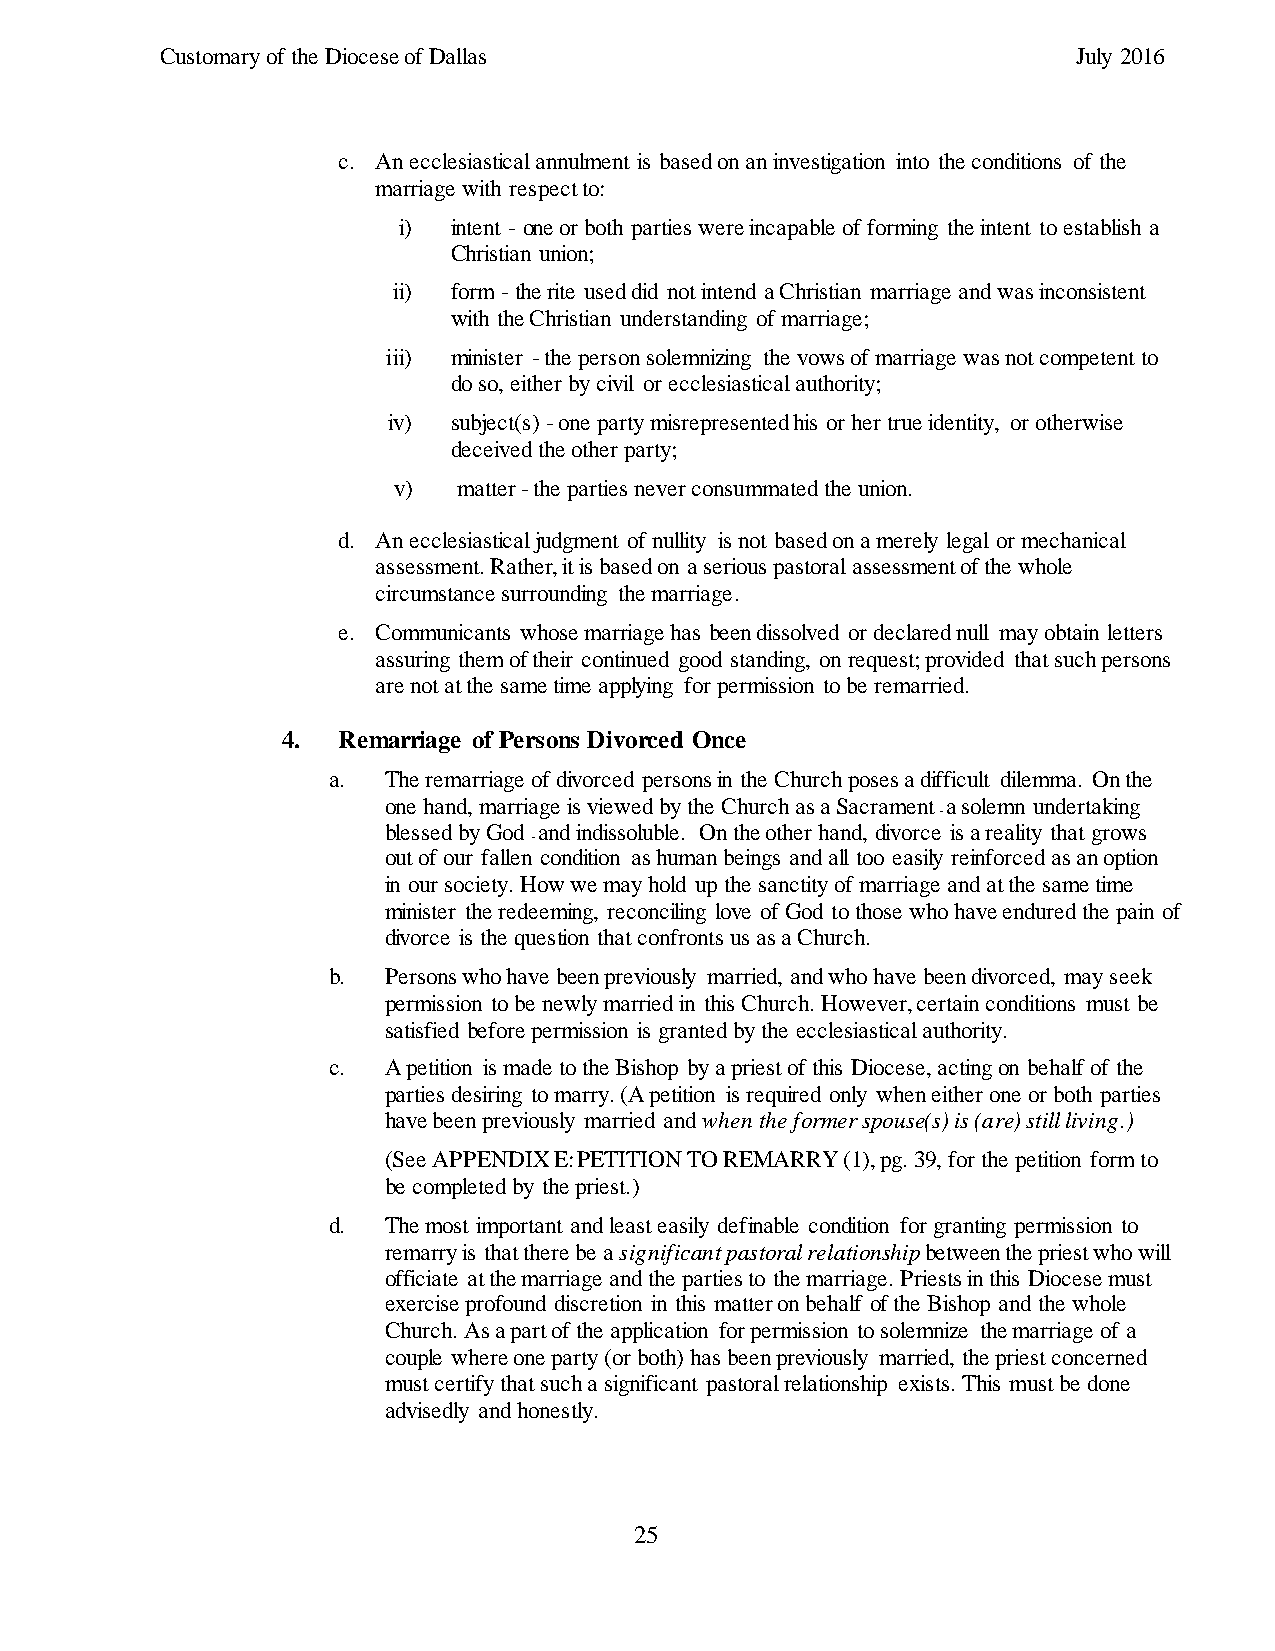
Customary of the Diocese of Dallas                          July 2016
 c. An ecclesiastical annulment is based on an investigation into the conditions of the
 marriage with respect to:
 i)  intent - one or both parties were incapable of forming the intent to establish a
 Christian union;
 ii) form - the rite used did not intend a Christian marriage and was inconsistent
 with the Christian understanding of marriage;
 iii) minister - the person solemnizing the vows of marriage was not competent to
 do so, either by civil or ecclesiastical authority;
 iv) subject(s) - one party misrepresented his or her true identity, or otherwise
 deceived the other party;
 v)  matter - the parties never consummated the union.
 d. An ecclesiastical judgment of nullity is not based on a merely legal or mechanical
 assessment. Rather, it is based on a serious pastoral assessment of the whole
 circumstance surrounding the marriage.
 e. Communicants whose marriage has been dissolved or declared null may obtain letters
 assuring them of their continued good standing, on request; provided that such persons
 are not at the same time applying for permission to be remarried.
 4. Remarriage of Persons Divorced Once
 a. The remarriage of divorced persons in the Church poses a difficult dilemma. On the
 one hand, marriage is viewed by the Church as a Sacrament a solemn undertaking
 -
 blessed by God and indissoluble. On the other hand, divorce is a reality that grows
 -
 out of our fallen condition as human beings and all too easily reinforced as an option
 in our society. How we may hold up the sanctity of marriage and at the same time
 minister the redeeming, reconciling love of God to those who have endured the pain of
 divorce is the question that confronts us as a Church.
 b. Persons who have been previously married, and who have been divorced, may seek
 permission to be newly married in this Church. However, certain conditions must be
 satisfied before permission is granted by the ecclesiastical authority.
 c. A petition is made to the Bishop by a priest of this Diocese, acting on behalf of the
 parties desiring to marry. (A petition is required only when either one or both parties
 have been previously married and when the former spouse(s) is (are) still living.)
 (See APPENDIX E: PETITION TO REMARRY (1), pg. 39, for the petition form to
 be completed by the priest.)
 d. The most important and least easily definable condition for granting permission to
 remarry is that there be a significant pastoral relationship between the priest who will
 officiate at the marriage and the parties to the marriage. Priests in this Diocese must
 exercise profound discretion in this matter on behalf of the Bishop and the whole
 Church. As a part of the application for permission to solemnize the marriage of a
 couple where one party (or both) has been previously married, the priest concerned
 must certify that such a significant pastoral relationship exists. This must be done
 advisedly and honestly.
 25